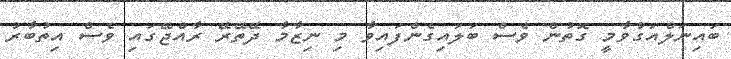
ބައިނަލްއަގުވާމީ ގޮތުން ވެސް ބަލައިގެންފައިވާ މި ނިޒާމާ ދޭތޭރޭ ރާއްޖޭގައި ވެސް އިތުބާރު